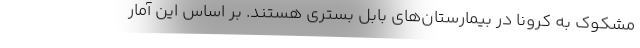
مشکوک به کرونا در بیمارستان‌های بابل بستری هستند. بر اساس این آمار